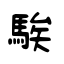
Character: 騃